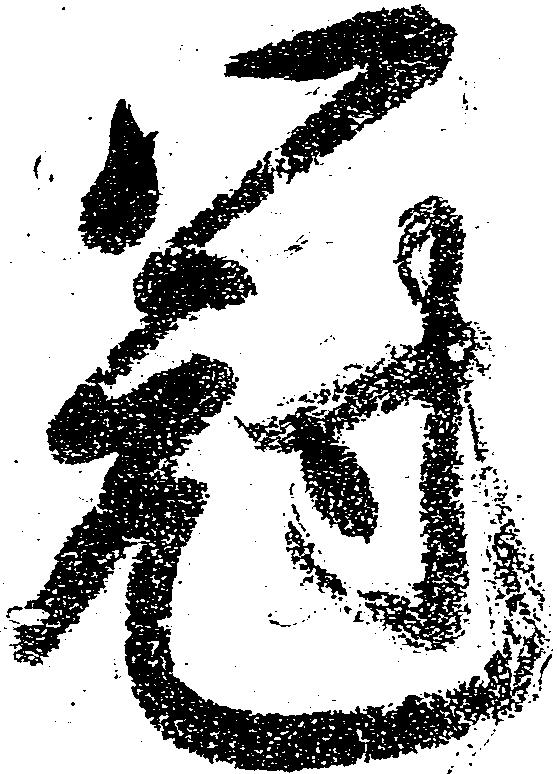
冠